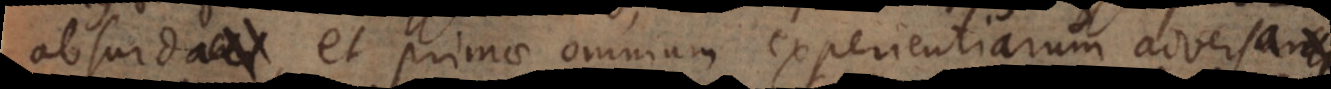
absurda, et primae omnium experientiarum adversa,